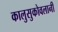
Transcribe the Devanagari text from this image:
कालुसुकोवलानी